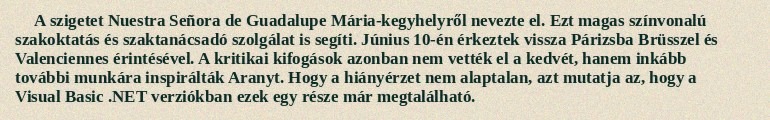
A szigetet Nuestra Señora de Guadalupe Mária-kegyhelyről nevezte el. Ezt magas színvonalú szakoktatás és szaktanácsadó szolgálat is segíti. Június 10-én érkeztek vissza Párizsba Brüsszel és Valenciennes érintésével. A kritikai kifogások azonban nem vették el a kedvét, hanem inkább további munkára inspirálták Aranyt. Hogy a hiányérzet nem alaptalan, azt mutatja az, hogy a Visual Basic .NET verziókban ezek egy része már megtalálható.